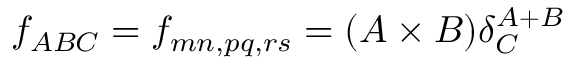
f _ { A B C } = f _ { m n , p q , r s } = ( A \times B ) \delta _ { C } ^ { A + B }